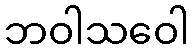
ဘဝါသဝေါ